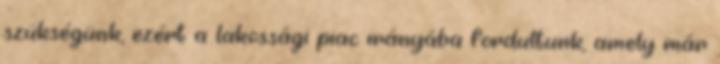
szükségünk, ezért a lakossági piac irányába fordultunk, amely már